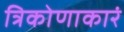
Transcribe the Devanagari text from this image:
त्रिकोणाकारं